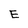
Character: E